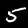
Label: 5